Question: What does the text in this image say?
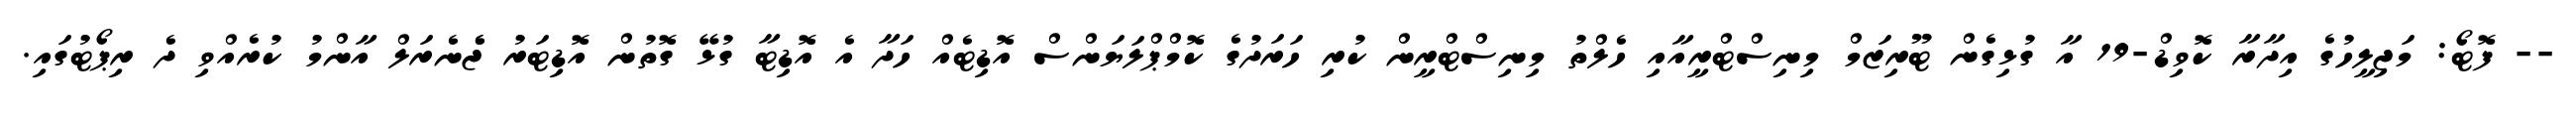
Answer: -- ފޮޓޯ: މަޖިލީހުގެ އިދާރާ ކޮވިޑް-19 އާ ގުޅިގެން ޓޫރިޒަމް މިނިސްޓްރީއާއި ހެލްތު މިނިސްޓްރީން ކުރި ހަރަދުގެ ކޮމްޕްލަޔަންސް އޮޑިޓެއް ހަދާ އެ އޮޑިޓާ ގުޅޭ ގޮތުން އޮޑިޓަރު ޖެެނެރަލް އާންމު ކުރެއްވި ދެ ރިޕޯޓުގައި.